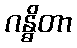
ဂန္ဓိတာ